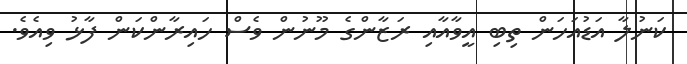
ކަނުލާ އަޑުއަހަން ތިބި އީވާއާއި ރަޒާންގެ މޫނުން ވެސް ހައިރާންކަން ފާޅު ވިއެވެ.